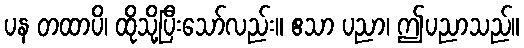
ပန တထာပိ၊ ထိုသို့ပြီးသော်လည်း။ ဧသာ ပညာ၊ ဤပညာသည်။